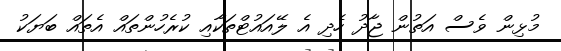
މުޅިން ވެސް އަތުން ޖާދު ހެދި އެ ލޭއައުޓްތަކާއި ކުރެހުންތައް އެތައް ބަޔަކު